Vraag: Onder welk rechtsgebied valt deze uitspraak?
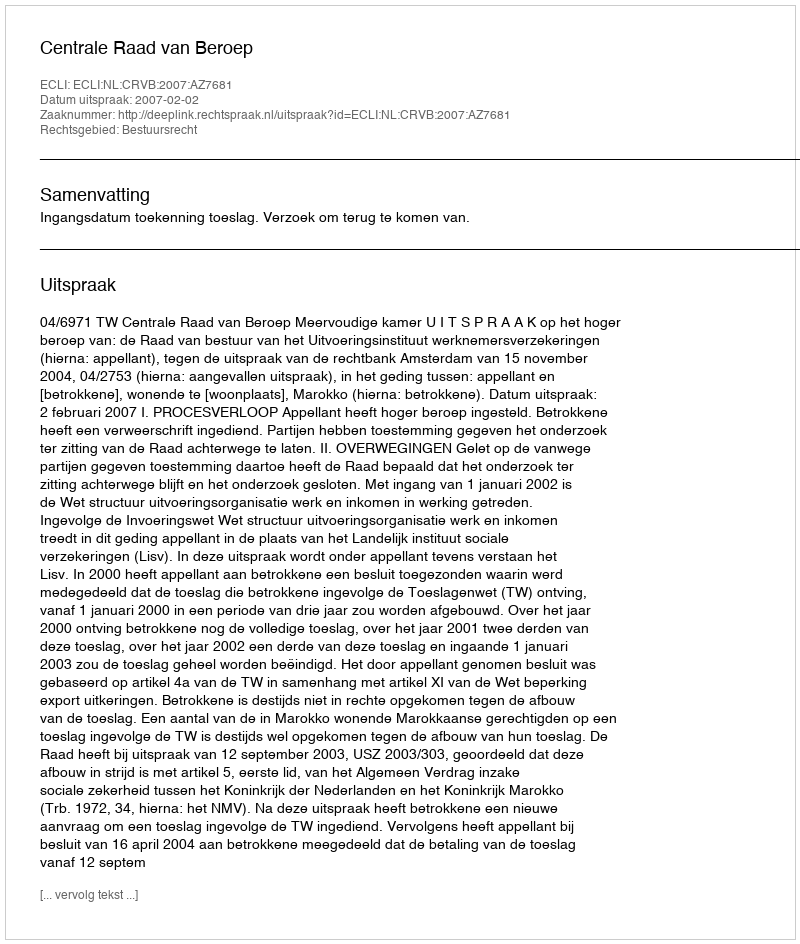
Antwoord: Bestuursrecht